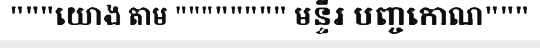
"""យោង តាម """""""" មន្ទីរ បញ្ចកោណ"""